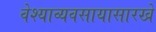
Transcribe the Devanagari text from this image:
वेश्याव्यवसायासारखे